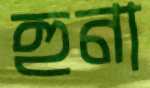
হুনা